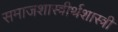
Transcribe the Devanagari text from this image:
समाजशास्त्रीर्थशास्त्री